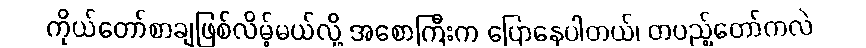
ကိုယ်တော်စာချဖြစ်လိမ့်မယ်လို့ အစောကြီးက ပြောနေပါတယ်၊ တပည့်တော်ကလဲ